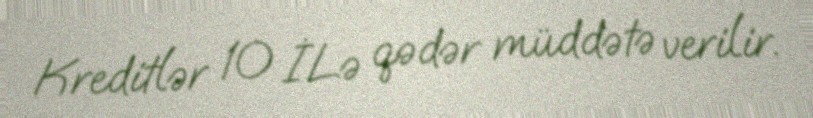
Kreditlər 10 İLə qədər müddətə verilir.